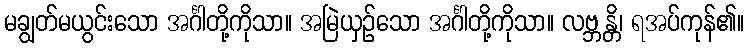
မချွတ်မယွင်းသော အင်္ဂါတို့ကိုသာ။ အမြဲယှဉ်သော အင်္ဂါတို့ကိုသာ။ လဗ္ဘန္တိ၊ ရအပ်ကုန်၏။